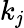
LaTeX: k_{\mathit{j}}